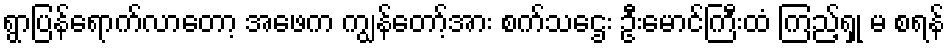
ရွာပြန်ရောက်လာတော့ အဖေက ကျွန်တော့်အား စက်သဌေး ဦးမောင်ကြီးထံ ကြည့်ရှု မ စရန်